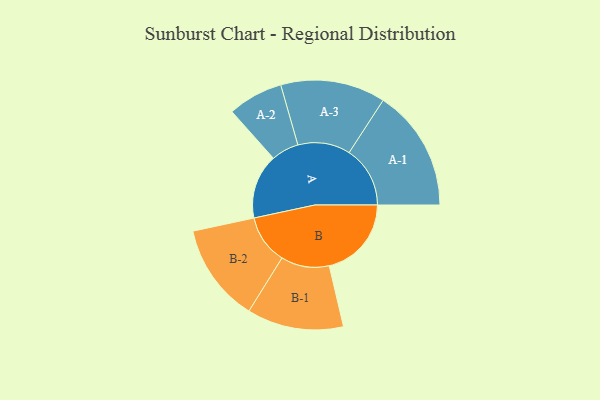
{"axis": {"x": "Segment", "y": "Value"}, "legend": ["", "A", "B"], "data": [{"x": "A", "y": 265, "type": ""}, {"x": "B", "y": 337, "type": ""}, {"x": "A-1", "y": 250, "type": "A"}, {"x": "A-2", "y": 113, "type": "A"}, {"x": "A-3", "y": 215, "type": "A"}, {"x": "B-1", "y": 198, "type": "B"}, {"x": "B-2", "y": 202, "type": "B"}]}